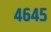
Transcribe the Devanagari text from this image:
४६४५